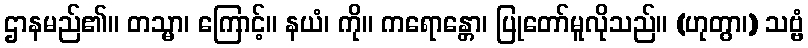
ဌာနမည်၏။ တသ္မာ၊ ကြောင့်။ နယံ၊ ကို။ ကရောန္တော၊ ပြုတော်မူလိုသည်။ (ဟုတွာ၊) သဗ္ဗံ